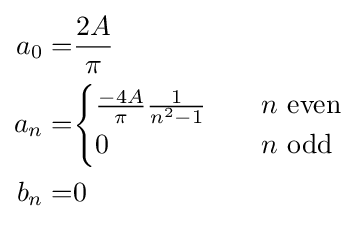
{\begin{aligned}a_{0}=&{\frac {2A}{\pi }}\\a_{n}=&{\begin{cases}{\frac {-4A}{\pi }}{\frac {1}{n^{2}-1}}&\quad n{\text{ even}}\\0&\quad n{\text{ odd}}\end{cases}}\\b_{n}=&0\\\end{aligned}}